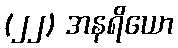
(၂၂) အနရိယော